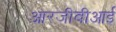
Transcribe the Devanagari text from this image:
आरजीबीआई